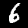
Label: 6